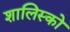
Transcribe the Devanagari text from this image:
शालिस्को